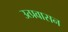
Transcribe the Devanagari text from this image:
उत्प्रवासन